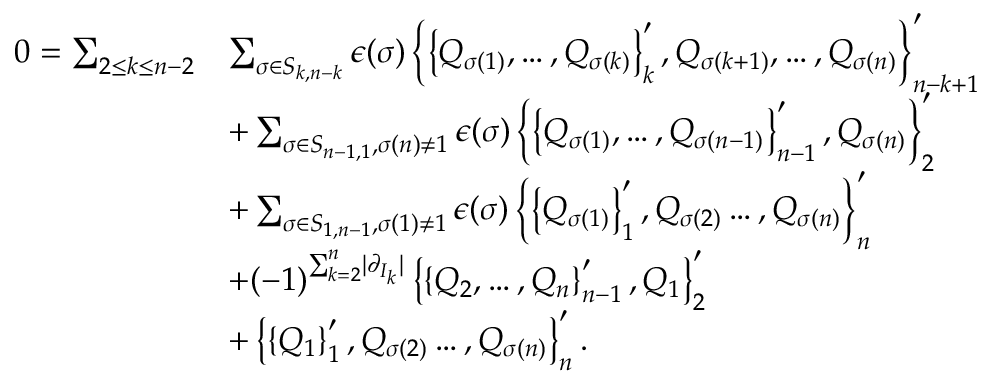
\begin{array} { r l } { 0 = \sum _ { 2 \leq k \leq n - 2 } } & { \sum _ { \sigma \in S _ { k , n - k } } \epsilon ( \sigma ) \left\lbrace \left\lbrace Q _ { \sigma ( 1 ) } , \ldots , Q _ { \sigma ( k ) } \right\rbrace _ { k } ^ { \prime } , Q _ { \sigma ( k + 1 ) } , \ldots , Q _ { \sigma ( n ) } \right\rbrace _ { n - k + 1 } ^ { \prime } } \\ & { + \sum _ { \sigma \in S _ { n - 1 , 1 } , \sigma ( n ) \neq 1 } \epsilon ( \sigma ) \left\lbrace \left\lbrace Q _ { \sigma ( 1 ) } , \ldots , Q _ { \sigma ( n - 1 ) } \right\rbrace _ { n - 1 } ^ { \prime } , Q _ { \sigma ( n ) } \right\rbrace _ { 2 } ^ { \prime } } \\ & { + \sum _ { \sigma \in S _ { 1 , n - 1 } , \sigma ( 1 ) \neq 1 } \epsilon ( \sigma ) \left\lbrace \left\lbrace Q _ { \sigma ( 1 ) } \right\rbrace _ { 1 } ^ { \prime } , Q _ { \sigma ( 2 ) } \ldots , Q _ { \sigma ( n ) } \right\rbrace _ { n } ^ { \prime } } \\ & { + ( - 1 ) ^ { \sum _ { k = 2 } ^ { n } \lvert \partial _ { I _ { k } } \rvert } \left\lbrace \left\lbrace Q _ { 2 } , \ldots , Q _ { n } \right\rbrace _ { n - 1 } ^ { \prime } , Q _ { 1 } \right\rbrace _ { 2 } ^ { \prime } } \\ & { + \left\lbrace \left\lbrace Q _ { 1 } \right\rbrace _ { 1 } ^ { \prime } , Q _ { \sigma ( 2 ) } \ldots , Q _ { \sigma ( n ) } \right\rbrace _ { n } ^ { \prime } . } \end{array}